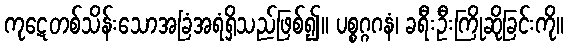
ကုဋေတစ်သိန်းသောအခြံအရံရှိသည်ဖြစ်၍။ ပစ္စဂ္ဂဂနံ၊ ခရီးဦးကြိုဆိုခြင်းကို။